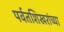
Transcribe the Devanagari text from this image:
पर्वतशिखरांच्या